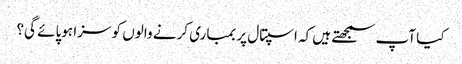
کیا آپ سمجھتے ہیں کہ اسپتال پر بمباری کرنے والوں کو سزا ہوپائے گی؟